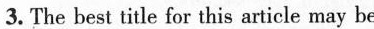
3. The best title for this article may be